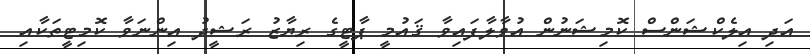
އަދި އިލެކްޝަންސް ކޮމިޝަނުން އުވާލާފައިވާ ޤައުމީ ޕާޓީގެ ރިޔާޒު ރަޝީދު އިންނަވާ ކޮމިޓީތަކާއި